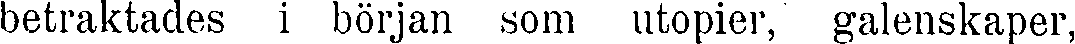
betraktades i början som utopier, galenskaper,